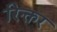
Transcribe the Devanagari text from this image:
रिक्तर